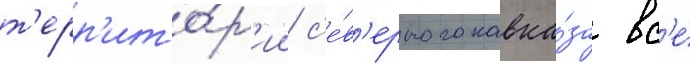
т'ерр'ито́р'ии с'е́в'ерного кавка́за вс'е́